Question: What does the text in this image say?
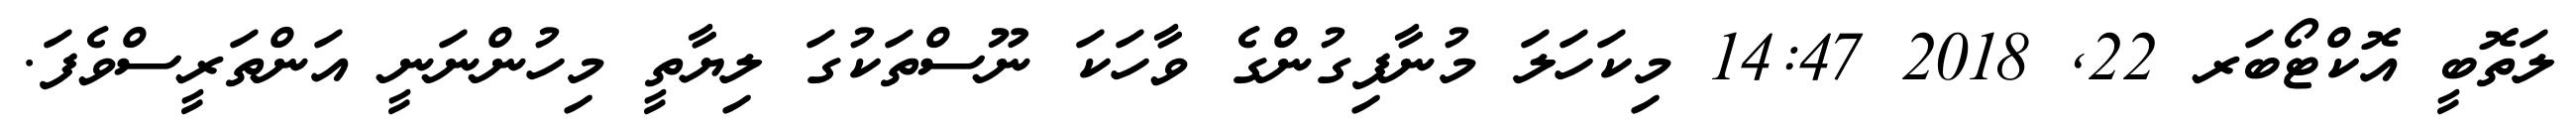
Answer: ލަތޮބީ އޮކްޓޯބަރ 22, 2018 14:47 މިކަހަލަ މުނާފިގުންގެ ވާހަކަ ނޫސްތަކުގަ ލިޔާތީ މިހުންނަނީ އަންތަރީސްވެފަ.